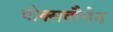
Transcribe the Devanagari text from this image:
वोक्सवौगेन